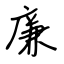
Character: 廉